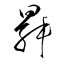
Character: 曻